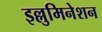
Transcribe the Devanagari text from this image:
इल्लुमिनेशन